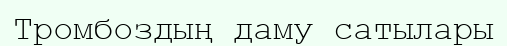
Тромбоздың даму сатылары